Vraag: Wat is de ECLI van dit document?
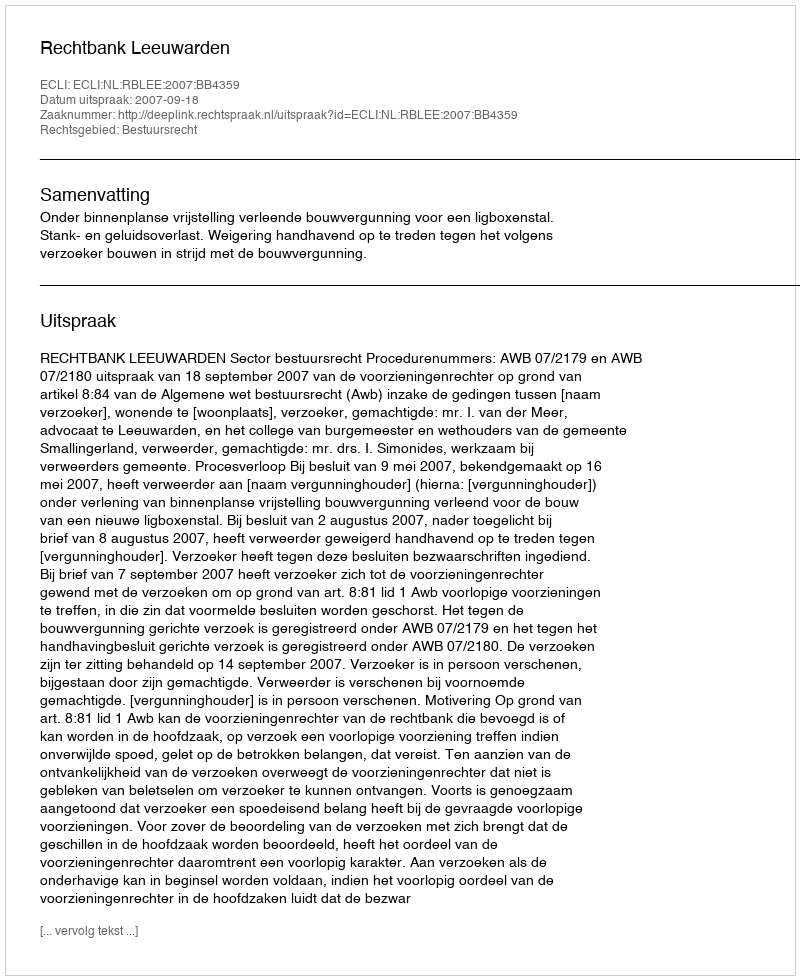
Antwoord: ECLI:NL:RBLEE:2007:BB4359